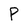
Character: P